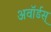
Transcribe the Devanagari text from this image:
अवॉर्डस्